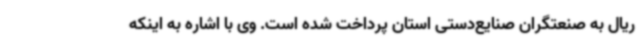
ریال به صنعتگران صنایع‌دستی استان پرداخت شده است. وی با اشاره به اینکه